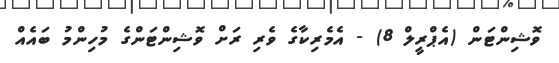
ވޮޝިންޓަން (އެޕްރީލް 8) - އެމެރިކާގެ ވެރި ރަށް ވޮޝިންޓަންގެ މުހިންމު ބައެއް